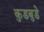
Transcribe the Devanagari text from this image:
कुडबुडे